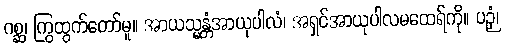
ဂစ္ဆ၊ ကြွထွက်တော်မူ။ အာယသ္မန္တံအာယုပါလံ၊ အရှင်အာယုပါလမထေရ်ကို။ ပဉှံ၊